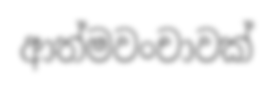
ආත්මවංචාවක්